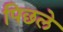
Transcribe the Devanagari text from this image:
पिछले